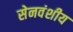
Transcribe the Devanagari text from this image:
सेनवंशीय